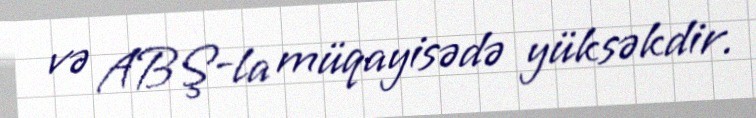
və ABŞ-la müqayisədə yüksəkdir.